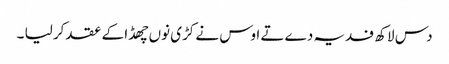
دس لاکھ فدیہ دے تے اوس نے کڑی نوں چھڈا کے عقد کر لیا ۔